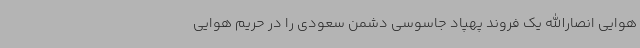
هوایی انصارالله یک فروند پهپاد جاسوسی دشمن سعودی را در حریم هوایی